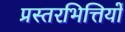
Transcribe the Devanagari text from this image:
प्रस्तरभित्तियों